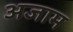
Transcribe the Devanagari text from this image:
अजाम